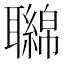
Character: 𦘂